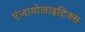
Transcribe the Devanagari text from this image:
एंजायोलाइटिक्स